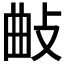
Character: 𢼰